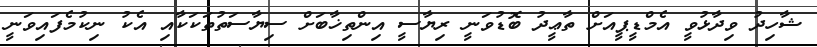
ޝާހިދު ވިދާޅުވީ އެމްޑީޕީއަށް ތާޢީދު ބޮޑުވަނީ ރިޔާސީ އިންތިޚާބަށް ސިޔާސަތުތަކަކާއި އެކު ނިކުމެފައިވަނީ